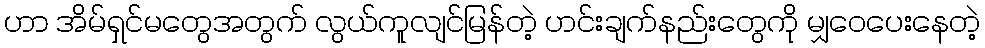
ဟာ အိမ်ရှင်မတွေအတွက် လွယ်ကူလျင်မြန်တဲ့ ဟင်းချက်နည်းတွေကို မျှဝေပေးနေတဲ့